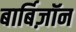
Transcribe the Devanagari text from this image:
बार्बिज़ॉन